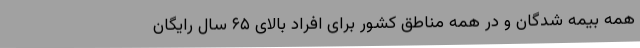
همه بیمه شدگان و در همه مناطق کشور برای افراد بالای ۶۵ سال رایگان